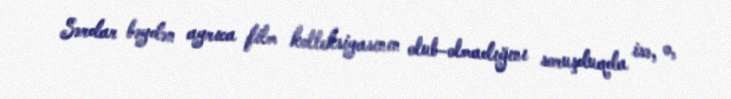
Sərdar bəydən ayrıca film kolleksiyasının olub-olmadığını soruşduqda isə, o,